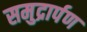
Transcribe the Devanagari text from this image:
समुद्रार्पण